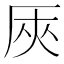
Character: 𠩘